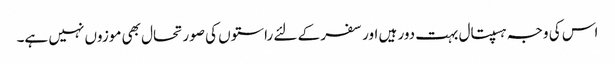
اس کی وجہ ہسپتال بہت دور ہیں اور سفر کے لئے راستوں کی صورتحال بھی موزوں نہیں ہے۔